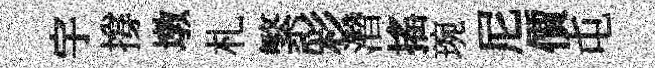
宇撐墩札繁彩濳搖琬尼價屯